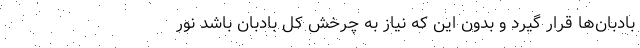
بادبان‌ها قرار گیرد و بدون این که نیاز به چرخش کل بادبان باشد نور